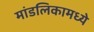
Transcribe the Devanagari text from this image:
मांडलिकामध्ये